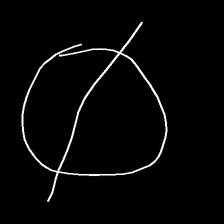
Glyph: orb